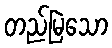
တည်မြဲသော